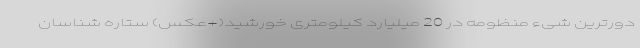
دورترین شیءِ منظومه در 20 میلیارد کیلومتری خورشید(+عکس) ستاره شناسان